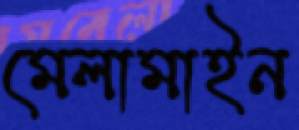
মেলামাইন